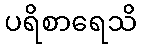
ပရိစာရေသိ